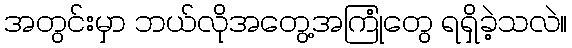
အတွင်းမှာ ဘယ်လိုအတွေ့အကြုံတွေ ရရှိခဲ့သလဲ။